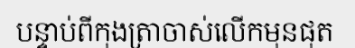
បន្ទាប់ពីកុងត្រាចាស់លើកមុនផុត